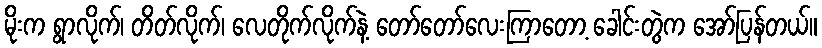
မိုးက ရွာလိုက်၊ တိတ်လိုက်၊ လေတိုက်လိုက်နဲ့ တော်တော်လေးကြာတော့ ခေါင်းတွဲက အော်ပြန်တယ်။